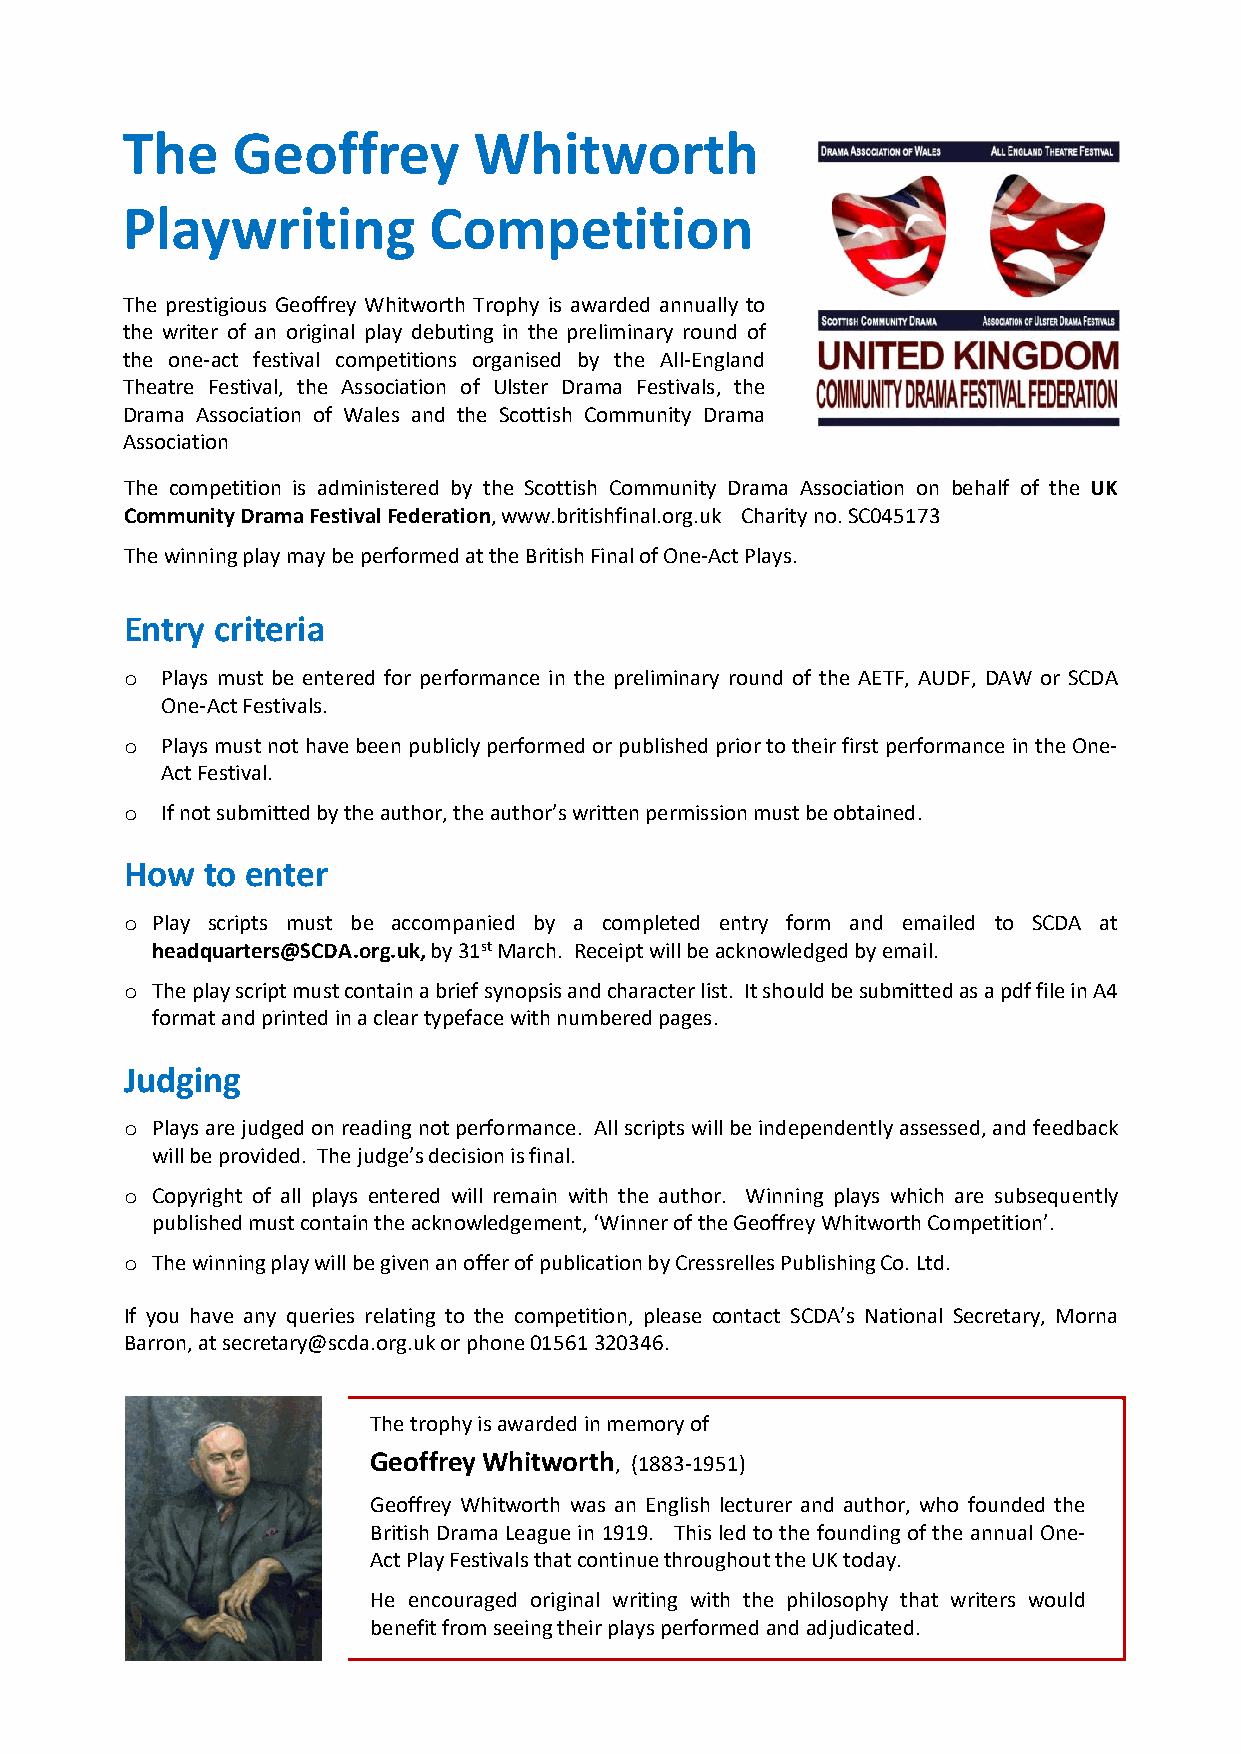
The    Geoffrey        Whitworth
 Playwriting         Competition
 The prestigious Geoffrey Whitworth Trophy is awarded annually to
 the writer of an original play debuting in the preliminary round of
 the one-act festival competitions organised by the All-England
 Theatre Festival, the Association of Ulster Drama Festivals, the
 Drama Association of Wales and the Scottish Community Drama
 Association
 The competition is administered by the Scottish Community Drama Association on behalf of the UK
 CommunityDramaFestivalFederation,www.britishfinal.org.uk Charityno.SC045173
 ThewinningplaymaybeperformedattheBritishFinalofOne-ActPlays.
 Entry criteria
 o  Plays must be entered for performance in the preliminary round of the AETF, AUDF, DAW or SCDA
 One-ActFestivals.
 o  Playsmustnothavebeen publiclyperformedorpublishedpriortotheirfirstperformance intheOne-
 ActFestival.
 o  Ifnotsubmittedbytheauthor,theauthor’swrittenpermissionmustbeobtained.
 How  to enter
 o Play scripts must be accompanied by a completed entry form and emailed to SCDA at
 headquarters@SCDA.org.uk,by31stMarch. Receiptwillbeacknowledgedbyemail.
 o Theplayscriptmustcontainabriefsynopsisandcharacterlist. ItshouldbesubmittedasapdffileinA4
 formatandprintedinacleartypefacewithnumberedpages.
 Judging
 o Playsarejudgedon readingnotperformance. Allscriptswillbeindependentlyassessed,andfeedback
 willbeprovided. Thejudge’sdecisionisfinal.
 o Copyright of all plays entered will remain with the author. Winning plays which are subsequently
 publishedmustcontaintheacknowledgement,‘WinneroftheGeoffreyWhitworthCompetition’.
 o ThewinningplaywillbegivenanofferofpublicationbyCressrellesPublishingCo.Ltd.
 If you have any queries relating to the competition, please contact SCDA’s National Secretary, Morna
 Barron,atsecretary@scda.org.ukorphone01561320346.
 Thetrophyisawardedinmemoryof
 GeoffreyWhitworth, (1883-1951)
 Geoffrey Whitworth was an English lecturer and author, who founded the
 British DramaLeaguein 1919. This led tothefounding of the annual One-
 ActPlayFestivalsthatcontinuethroughouttheUKtoday.
 He encouraged original writing with the philosophy that writers would
 benefitfromseeingtheirplaysperformedandadjudicated.